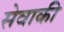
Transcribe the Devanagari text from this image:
सेवाकी